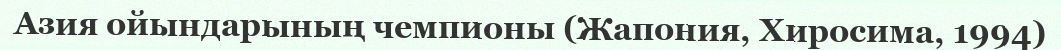
Азия ойындарының чемпионы (Жапония, Хиросима, 1994)